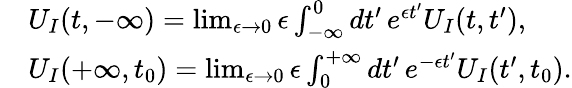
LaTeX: \begin{array}{rl}&{U_{I}(t,-\infty)=\operatorname*{lim}_{\epsilon\to 0}\epsilon\int_{-\infty}^{0}dt^{\prime}\, e^{\epsilon t^{\prime}}U_{I}(t,t^{\prime}),}\\ &{U_{I}(+\infty,t_{0})=\operatorname*{lim}_{\epsilon\to 0}\epsilon\int_{0}^{+\infty}dt^{\prime}\, e^{-\epsilon t^{\prime}}U_{I}(t^{\prime},t_{0}).}\end{array}